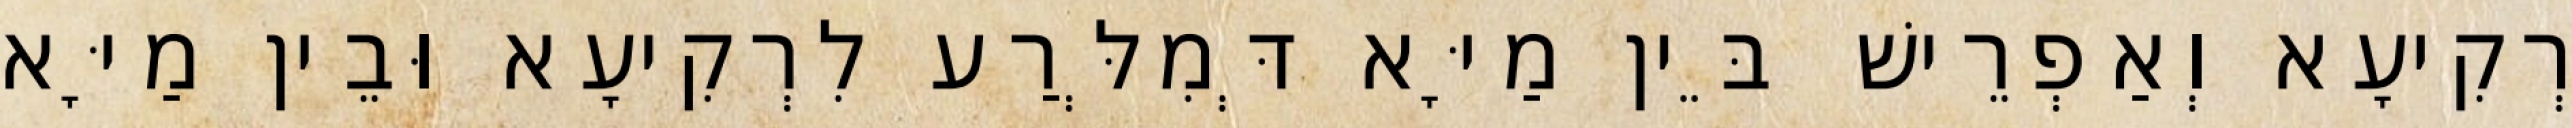
רְקִיעָא וְאַפְרֵישׁ בֵּין מַיָּא דְּמִלְּרַע לִרְקִיעָא וּבֵין מַיָּא